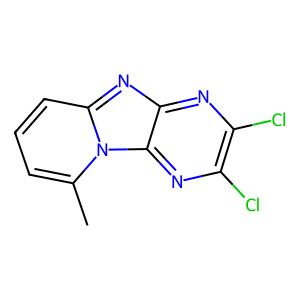
SMILES: Cc1cccc2nc3nc(Cl)c(Cl)nc3n12
Inhibits HIV replication: No